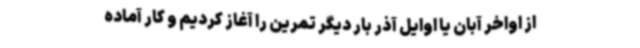
از اواخر آبان یا اوایل آذر بار دیگر تمرین را آغاز کردیم و کار آماده